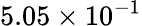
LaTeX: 5.05\times 10^{-1}